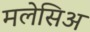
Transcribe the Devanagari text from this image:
मलेसिअ